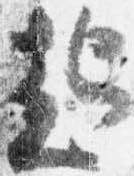
起